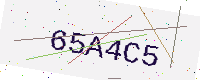
Text: 65A4C5